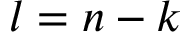
l = n - k